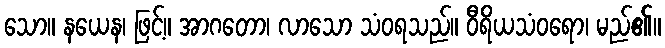
သော။ နယေန၊ ဖြင့်။ အာဂတော၊ လာသော သံဝရသည်။ ဝီရိယသံဝရော၊ မည်၏။